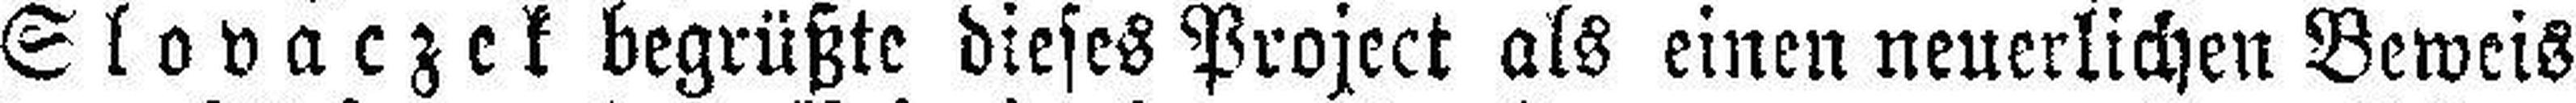
Slovaczek begrüßte dieses Project als einen neuerlichen Beweis